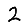
Digit: 2